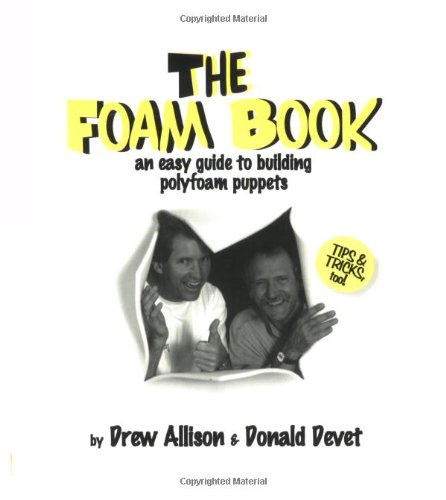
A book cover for The Foam Book : An Easy Guide to Building Polyfoam Puppets; Donald Devet; Crafts, Hobbies & Home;